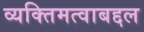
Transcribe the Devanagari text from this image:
व्यक्तिमत्वाबद्दल